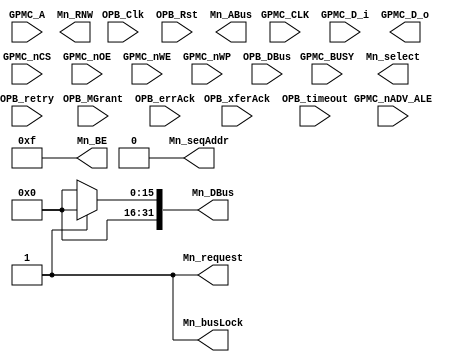
module gpmc_opb_bridge (
      input         GPMC_CLK,
      input  [0:1]  GPMC_BUSY,
      input  [1:10] GPMC_A,
      input  [0:15] GPMC_D_i,
      output [0:15] GPMC_D_o,
      input         GPMC_nADV_ALE,
      input  [0:6]  GPMC_nCS,
      input         GPMC_nOE,
      input         GPMC_nWE,
      input         GPMC_nWP,

      input         OPB_Clk,
      input         OPB_Rst,
      output        Mn_request,   // Done
      output        Mn_busLock,   // Done
      output        Mn_select,
      output        Mn_RNW,       // Done
      output [0:3]  Mn_BE,        // Done
      output        Mn_seqAddr,   // Done
      output [0:31] Mn_DBus,
      output [0:31] Mn_ABus,
      input  [0:31] OPB_DBus,
      input         OPB_MGrant,
      input         OPB_xferAck,
      input         OPB_errAck,
      input         OPB_retry,
      input         OPB_timeout

//      input         GPMC_CLK,
//      input  [15:0] GPMC_D_in, 
//      output [15:0] GPMC_D_out, 
//      input  [10:1] GPMC_A, 
//      input  [1:0]  GPMC_NBE,
//      input         GPMC_NCS, 
//      input         GPMC_NWE, 
//      input         GPMC_NOE,
//      
//      input             wb_clk, 
//      input             wb_rst,
//      output reg [10:0] wb_adr_o,
//      output reg [15:0] wb_dat_mosi,
//      input      [15:0] wb_dat_miso,
//      output reg [1:0]  wb_sel_o,
//      output            wb_cyc_o,
//      output reg        wb_stb_o,
//      output reg        wb_we_o,
//      input             wb_ack_i
   );


   // Latch the GPMC inputs

   reg [0:1]  GPMC_BUSY_reg;
   reg [1:10] GPMC_A_reg;
   reg [0:15] GPMC_D_i_reg;
   reg        GPMC_nADV_ALE_reg;
   reg [0:6]  GPMC_nCS_reg;
   reg        GPMC_nOE_reg;
   reg        GPMC_nWE_reg;
   reg        GPMC_nWP_reg;
   /*assign GPMC_BUSY_reg = GPMC_BUSY;
   assign GPMC_A_reg    = GPMC_A;
   assign GPMC_D_i      = GPMC_D_i_reg;
   assign GPMC_nADV_ALE = GPMC_nADV_ALE_reg;
   assign GPMC_nCS      = GPMC_nCS_reg;
   assign GPMC_nOE      = GPMC_nOE_reg;
   assign GPMC_nWE      = GPMC_nWE_reg;
   assign GPMC_nWP      = GPMC_nWP_reg;*/

   /***** OPB Output Assignments *****/
   assign Mn_request = 1'b1;
   assign Mn_busLock = 1'b1;
   assign Mn_seqAddr = 1'b0; //TODO: implement bursting
   assign Mn_BE      = 4'hF;

   assign Mn_DBus = M_RNW ? 32'b0 : GPMC_D_i_reg;

   always @(posedge OPB_Clk) begin
      GPMC_BUSY_reg     <= GPMC_BUSY;
   end

/*
   // ////////////////////////////////////////////
   // Control Path, Wishbone bus bridge (wb master)
   reg [1:0]    cs_del, we_del, oe_del;

   // Synchronize the async control signals
   always @(posedge wb_clk)
     begin
        cs_del <= { cs_del[0], GPMC_NCS };
        we_del <= { we_del[0], GPMC_NWE };
        oe_del <= { oe_del[0], GPMC_NOE };
     end

   always @(posedge wb_clk)
     if(cs_del == 2'b10)  // Falling Edge
       wb_adr_o <= { GPMC_A, 1'b0 };

   always @(posedge wb_clk)
     if(we_del == 2'b10)  // Falling Edge
       begin
          wb_dat_mosi <= GPMC_D_in;
          wb_sel_o <= ~GPMC_NBE;
       end

   reg [15:0] GPMC_D_hold;

   always @(posedge wb_clk)
     if(wb_ack_i)
       GPMC_D_hold <= wb_dat_miso;

   assign GPMC_D_out = wb_ack_i ? wb_dat_miso : GPMC_D_hold;

   assign wb_cyc_o = wb_stb_o;

   always @(posedge wb_clk)
     if(~cs_del[0] & (we_del == 2'b10) )
       wb_we_o <= 1;
     else if(wb_ack_i)  // Turn off we when done.  Could also use we_del[0], others...
       wb_we_o <= 0;

   // FIXME should this look at cs_del[1]?
   always @(posedge wb_clk)
     if(~cs_del[0] & ((we_del == 2'b10) | (oe_del == 2'b10)))
       wb_stb_o <= 1;
     else if(wb_ack_i)
       wb_stb_o <= 0;
*/
endmodule